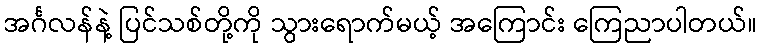
အင်္ဂလန်နဲ့ ပြင်သစ်တို့ကို သွားရောက်မယ့် အကြောင်း ကြေညာပါတယ်။